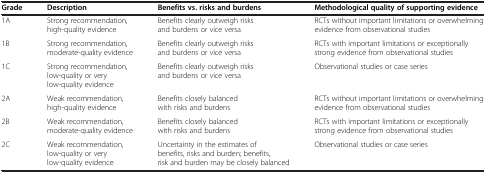
<table><thead><tr><td><b>Grade</b></td><td><b>Description</b></td><td><b>Benefits vs. risks and burdens</b></td><td><b>Methodological quality of supporting evidence</b></td></tr></thead><tbody><tr><td>1A</td><td>Strong recommendation, high-quality evidence</td><td>Benefits clearly outweigh risks and burdens or vice versa</td><td>RCTs without important limitations or overwhelming evidence from observational studies</td></tr><tr><td>1B</td><td>Strong recommendation, moderate-quality evidence</td><td>Benefits clearly outweigh risks and burdens or vice versa</td><td>RCTs with important limitations or exceptionally strong evidence from observational studies</td></tr><tr><td>1C</td><td>Strong recommendation, low-quality or very low-quality evidence</td><td>Benefits clearly outweigh risks and burdens or vice versa</td><td>Observational studies or case series</td></tr><tr><td>2A</td><td>Weak recommendation, high-quality evidence</td><td>Benefits closely balanced with risks and burdens</td><td>RCTs without important limitations or overwhelming evidence from observational studies</td></tr><tr><td>2B</td><td>Weak recommendation, moderate-quality evidence</td><td>Benefits closely balanced with risks and burdens</td><td>RCTs with important limitations or exceptionally strong evidence from observational studies</td></tr><tr><td>2C</td><td>Weak recommendation, low-quality or very low-quality evidence</td><td>Uncertainty in the estimates of benefits, risks and burden; benefits, risk and burden may be closely balanced</td><td>Observational studies or case series</td></tr></tbody></table>